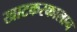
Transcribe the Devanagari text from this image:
खाटकरकालान